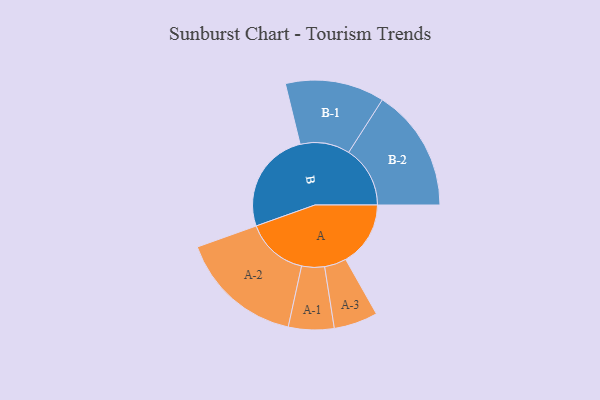
{"axis": {"x": "Segment", "y": "Value"}, "legend": ["", "A", "B"], "data": [{"x": "A", "y": 307, "type": ""}, {"x": "B", "y": 486, "type": ""}, {"x": "A-1", "y": 108, "type": "A"}, {"x": "A-2", "y": 294, "type": "A"}, {"x": "A-3", "y": 104, "type": "A"}, {"x": "B-1", "y": 235, "type": "B"}, {"x": "B-2", "y": 291, "type": "B"}]}